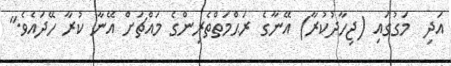
އަދި  މަގުގައި (ޖިހާދުކުރާ) އޭނާގެ ރަޙްމަތްތެރިންގެ މައްޗަށް އޭނާ ކުރާ ހޭދައެވެ."